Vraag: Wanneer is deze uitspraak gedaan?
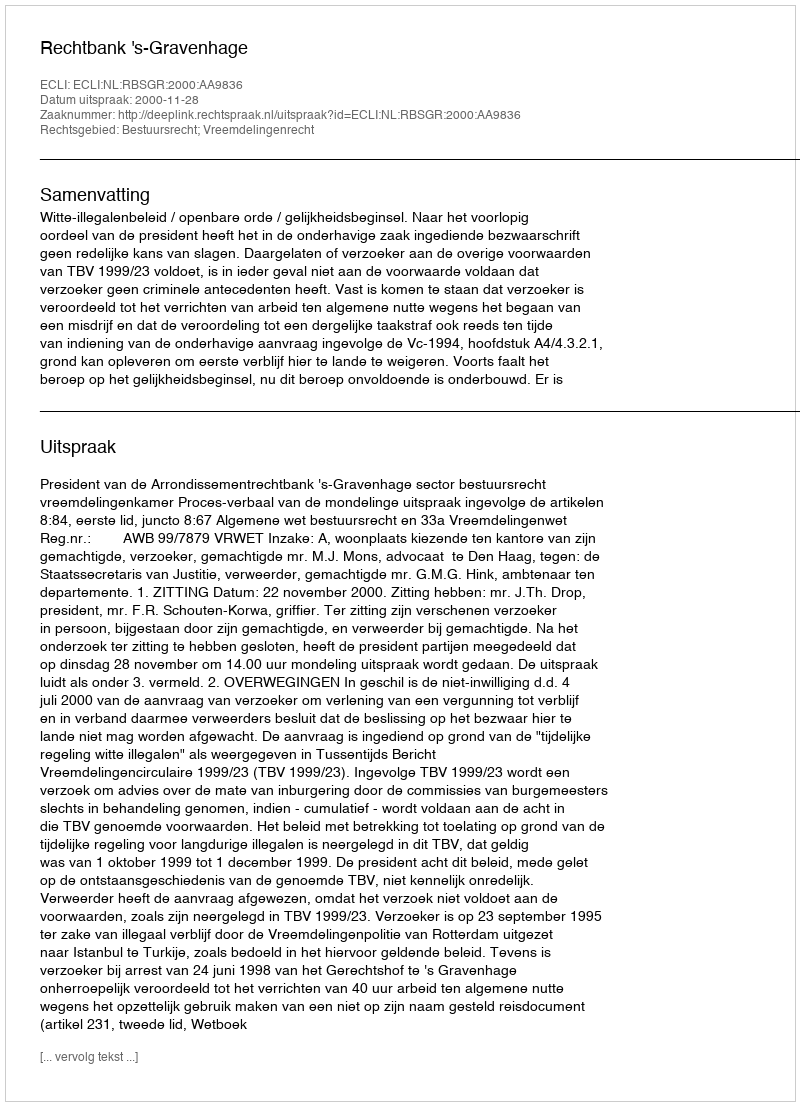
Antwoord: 2000-11-28